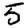
Digit: 5